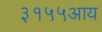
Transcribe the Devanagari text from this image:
३१५५आय